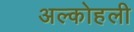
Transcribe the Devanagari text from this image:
अल्कोहली